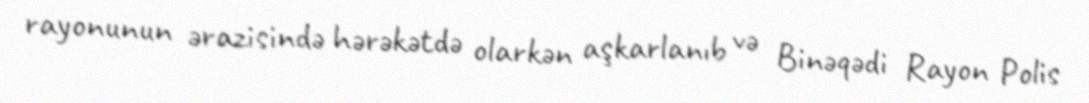
rayonunun ərazisində hərəkətdə olarkən aşkarlanıb və Binəqədi Rayon Polis